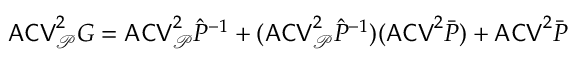
\mathsf { A C V } _ { \mathcal P } ^ { 2 } G = \mathsf { A C V } _ { \mathcal P } ^ { 2 } \hat { P } ^ { - 1 } + ( \mathsf { A C V } _ { \mathcal P } ^ { 2 } \hat { P } ^ { - 1 } ) ( \mathsf { A C V } ^ { 2 } \bar { P } ) + \mathsf { A C V } ^ { 2 } \bar { P }